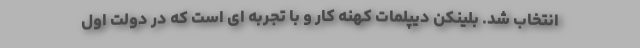
انتخاب شد. بلینکن دیپلمات کهنه کار و با تجربه ای است که در دولت اول